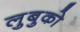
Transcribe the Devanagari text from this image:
लुबुको